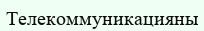
Телекоммуникацияны